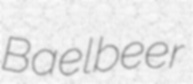
Baelbeer